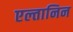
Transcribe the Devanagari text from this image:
एल्तानिन